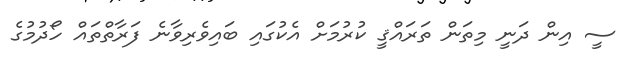
ސީ އިން ދަނީ މިތަން ތަރައްޤީ ކުރުމަށް އެކުގައި ބައިވެރިވާނެ ފަރާތްތައް ހޯދުމުގެ